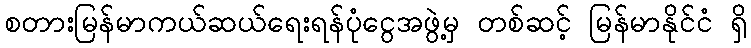
စတားမြန်မာကယ်ဆယ်ရေးရန်ပုံငွေအဖွဲ့မှ တစ်ဆင့် မြန်မာနိုင်ငံ ရှိ